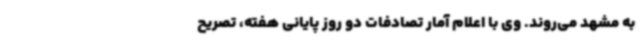
به مشهد می‌روند. وی با اعلام آمار تصادفات دو روز پایانی هفته، تصریح